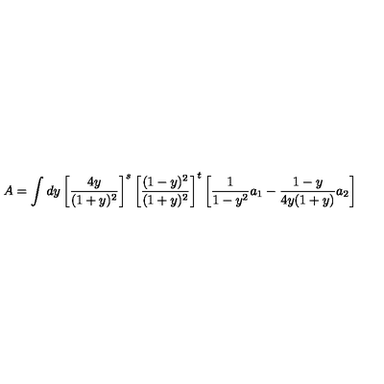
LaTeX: A = \int d y \left[ \frac { 4 y } { ( 1 + y ) ^ { 2 } } \right] ^ { s } \left[ \frac { ( 1 - y ) ^ { 2 } } { ( 1 + y ) ^ { 2 } } \right] ^ { t } \left[ \frac { 1 } { 1 - y ^ { 2 } } a _ { 1 } - \frac { 1 - y } { 4 y ( 1 + y ) } a _ { 2 } \right]